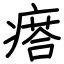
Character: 瘩